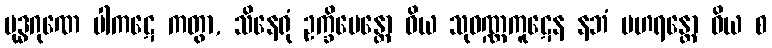
ဗုဒ္ဓဂုဏေ ပါကဋေ ကတွာ, သိနေရုံ ဥက္ခိပေန္တော ဝိယ သုဝဏ္ဏကူဋေန နဘံ ပဟရန္တော ဝိယ စ